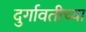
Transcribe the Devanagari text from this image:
दुर्गावतीच्या